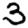
Digit: 3